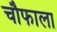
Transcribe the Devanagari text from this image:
चौफाला